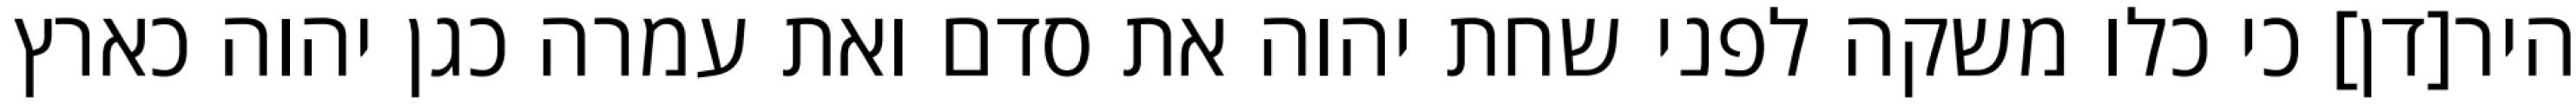
היר[דן] כי כלו משקה לפני שחת יהוה את סדם ואת עמרה כגן יהוה כארץ